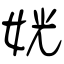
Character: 姯